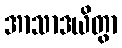
အာသာဒယိတွာ